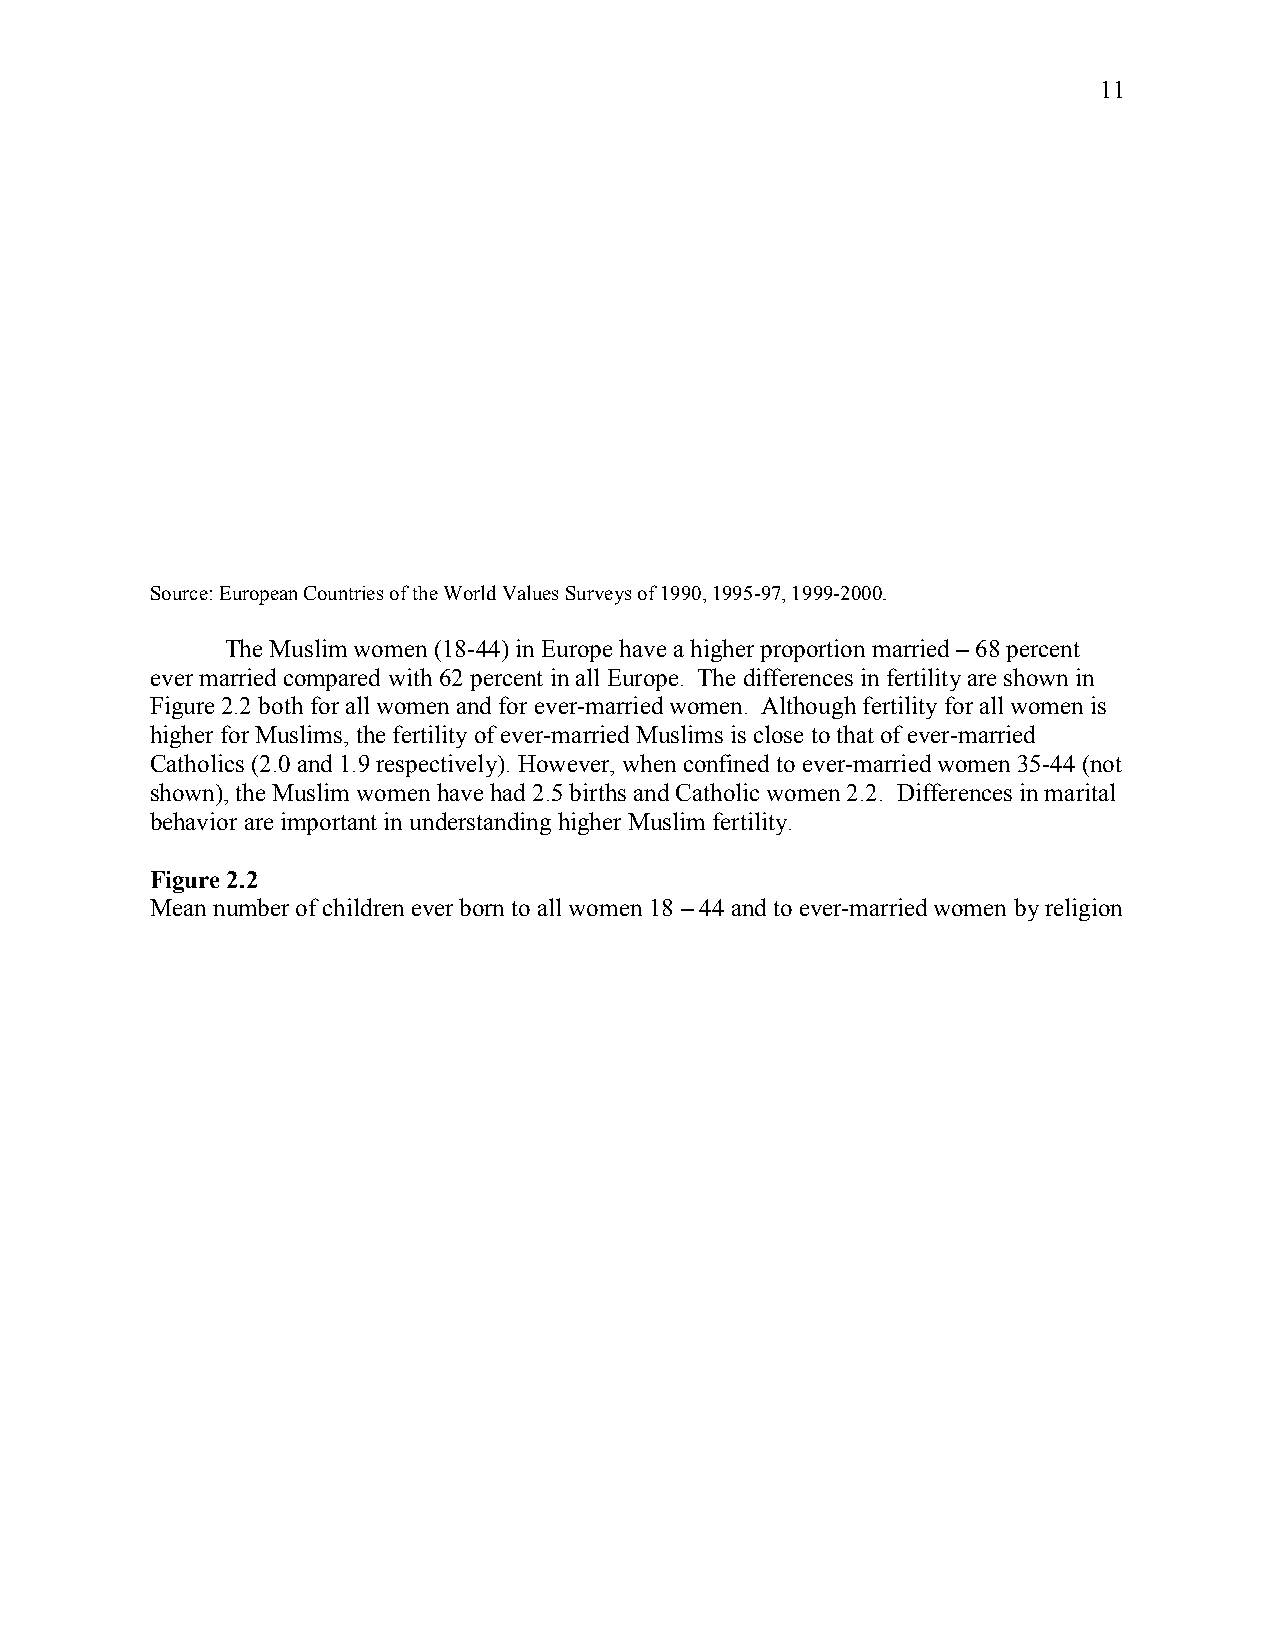
11
 Source: European Countries of the World Values Surveys of 1990, 1995-97, 1999-2000.
 The Muslim women (18-44) in Europe have a higher proportion married – 68 percent
 ever married compared with 62 percent in all Europe. The differences in fertility are shown in
 Figure 2.2 both for all women and for ever-married women. Although fertility for all women is
 higher for Muslims, the fertility of ever-married Muslims is close to that of ever-married
 Catholics (2.0 and 1.9 respectively). However, when confined to ever-married women 35-44 (not
 shown), the Muslim women have had 2.5 births and Catholic women 2.2. Differences in marital
 behavior are important in understanding higher Muslim fertility.
 Figure 2.2
 Mean number of children ever born to all women 18 – 44 and to ever-married women by religion